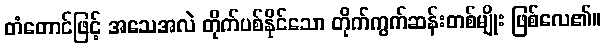
တံတောင်ဖြင့် အသေအလဲ တိုက်ပစ်နိုင်သော တိုက်ကွက်ဆန်းတစ်မျိုး ဖြစ်လေ၏။